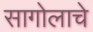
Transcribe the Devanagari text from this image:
सागोलाचे